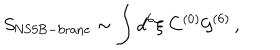
S _ { \mathrm { N S 5 B - b r a n e } } \sim \int d ^ { 6 } \xi \ C ^ { ( 0 ) } { \cal G } ^ { ( 6 ) } \, ,